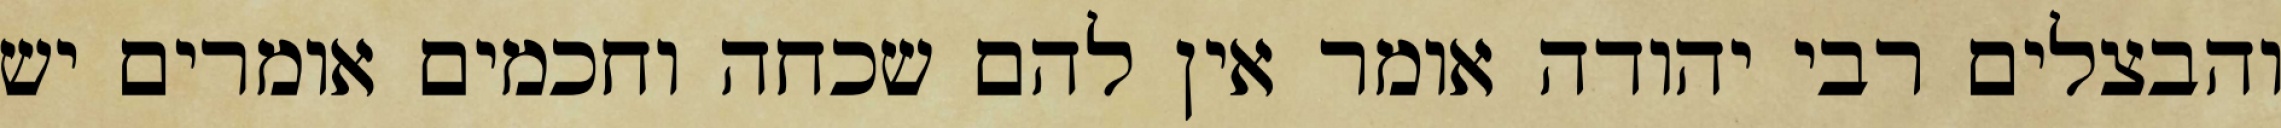
והבצלים רבי יהודה אומר אין להם שכחה וחכמים אומרים יש